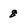
Character: 8